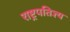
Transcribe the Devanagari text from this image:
राष्ट्रपतिज्ञ्य